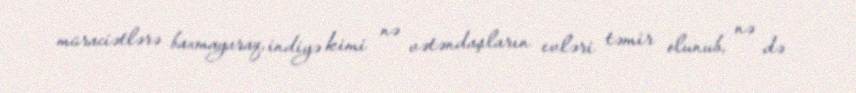
müraciətlərə baxmayaraq, indiyə kimi nə vətəndaşların evləri təmir olunub, nə də